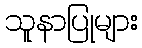
သူနာပြုများ